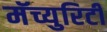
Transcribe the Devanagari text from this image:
मॅच्युरिटी